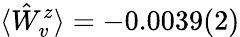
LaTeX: \langle\hat{W}_{v}^{z}\rangle=-0.0039(2)